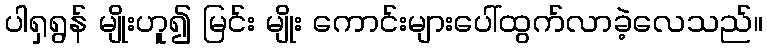
ပါရှရွန် မျိုးဟူ၍ မြင်း မျိုး ကောင်းများပေါ်ထွက်လာခဲ့လေသည်။